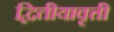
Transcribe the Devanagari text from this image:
द्वितीयावृत्ती